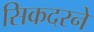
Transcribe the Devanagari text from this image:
सिकदरने